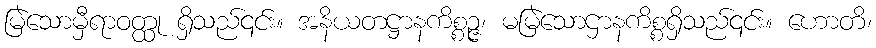
မြဲသောမှီရာဝတ္ထု ရှိသည်၎င်း။ အနိယတဋ္ဌာနကိစ္စဉ္ဇ၊ မမြဲသောဌာနကိစ္စရှိသည်၎င်း။ ဟောတိ၊